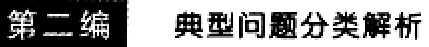
第二编 典型问题分类解析